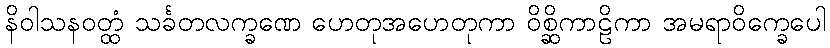
နိဝါသနဝတ္ထံ သင်္ခတလက္ခဏေ ဟေတုအဟေတုကာ ဝိစ္ဆိကာဠိကာ အမရာဝိက္ခေပေါ